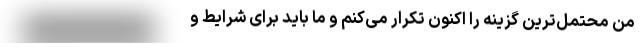
من محتمل‌ترین گزینه را اکنون تکرار می‌کنم و ما باید برای شرایط و